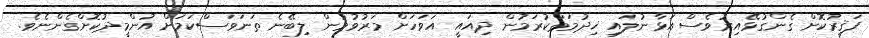
ފަޤީރުކޮށް ގެންގުޅޭއިރުވެސް އަޅާނުލައި ޚިދުމަތްކުރަމުން ދިއައީ އަވަހަށް މަރުވުމުން ލިބޭނެ ތަނަވަސްކަމަށް އުންމީދުކޮށްގެންނެވެ.